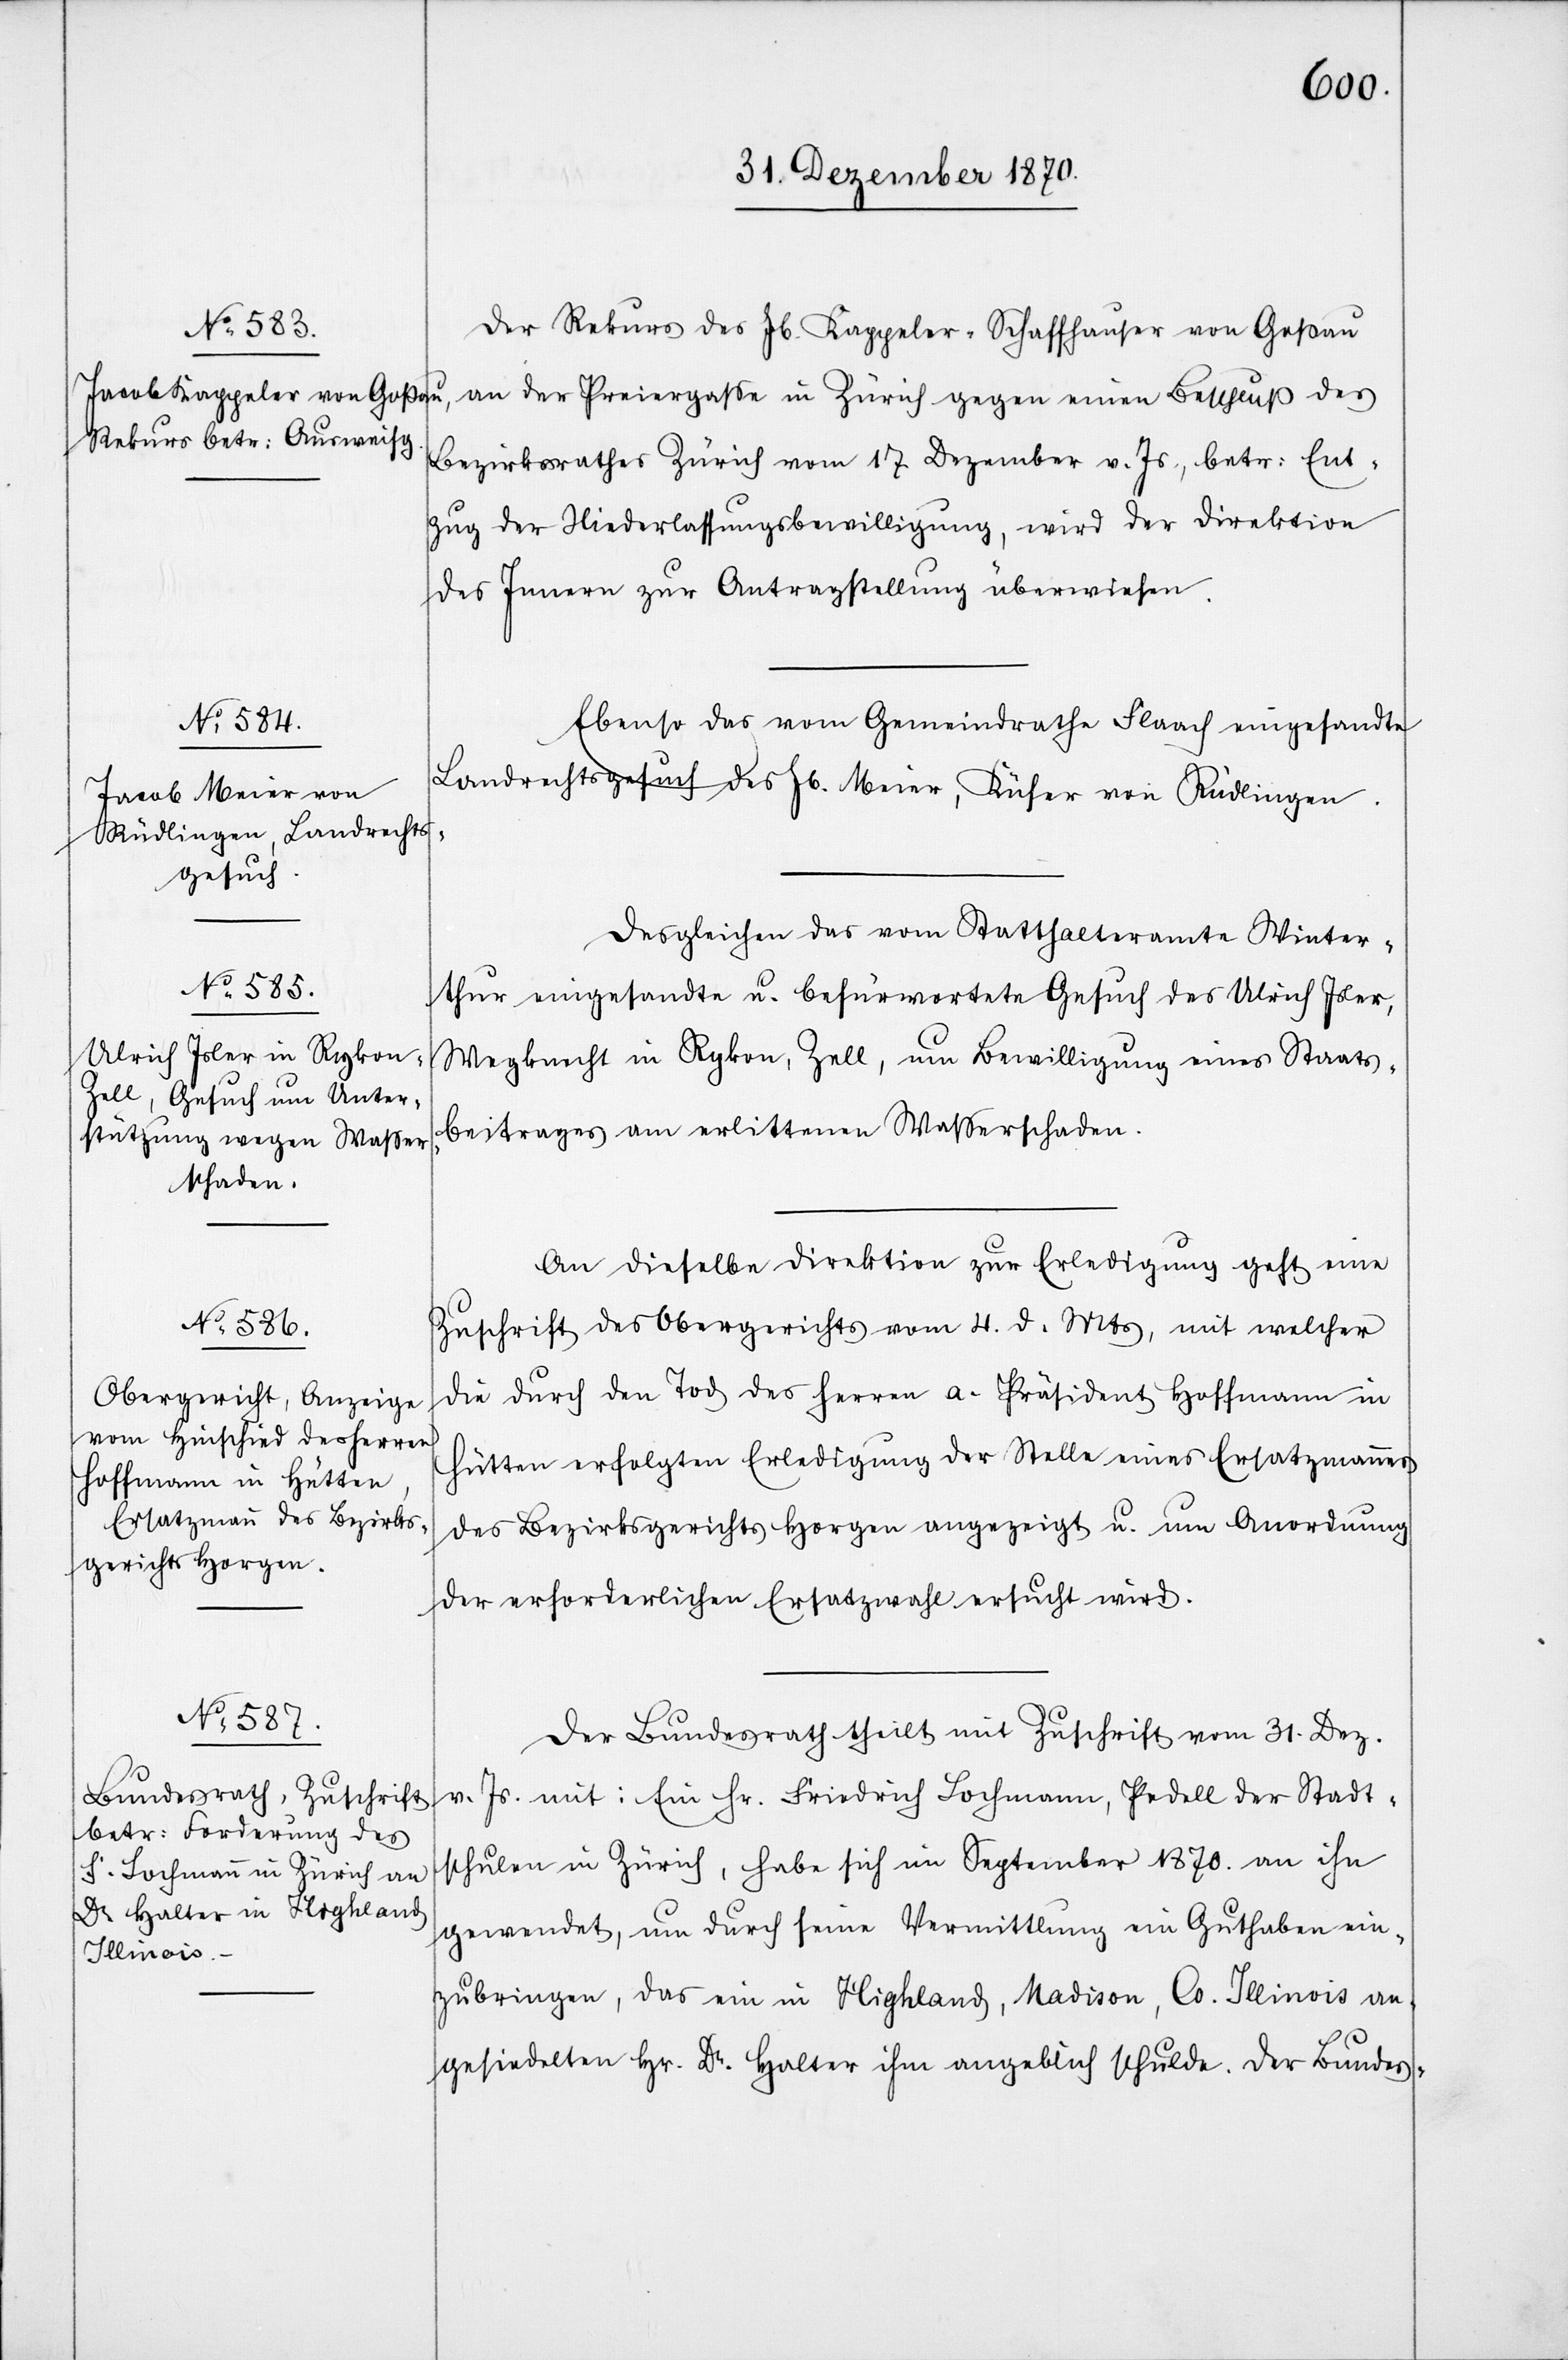
Der Rekurs des Jb. Kappeler-Schaffhauser von Goßau
an der Preiergaße in Zürich gegen einen Beschluß des
Bezirksrathes Zürich vom 17 Dezember v. Js., betr: Ent¬
zug der Niederlassungsbewilligung, wird der Direktion
des Innern zur Antragstellung überwiesen.
Ebenso das vom Gemeindrathe Flaach eingesandte
Landrechtsgesuch des Jb. Meier, Küfer von Rüdlingen.
Desgleichen das vom Statthalteramte Winter¬
thur eingesandte u. befürwortete Gesuch des Ulrich Isler,
Wegknecht in Rykon, Zell, um Bewilligung eines Staats¬
beitrages an erlittenen Waßerschaden.
An dieselbe Direktion zur Erledigung geht eine
Zuschrift des Obergerichts vom 4. d. Mts, mit welcher
die durch den Tod des Herren a. Präsident Hoffmann in
Hütten erfolgte Erledigung der Stelle eines Ersatzmannes
des Bezirksgerichts Horgen angezeigt u. um Anordnung
der erforderlichen Ersatzwahl ersucht wird.
Der Bundesrath theilt mit Zuschrift vom 31. Dez.
v. Js. mit: Ein Hr. Friedrich Lochmann, Pedell der Stadt¬
schulen in Zürich, habe sich im September 1870. an ihn
gewendet, um durch seine Vermittlung ein Guthaben ein¬
zubringen, das ein in Highland, Madison, Cs. Illinois an¬
gesiedelten Hr. Dr. Halter ihm angeblich schulde. Der Bundes-